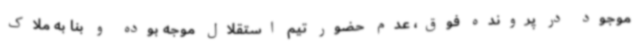
موجود در پرونده فوق، عدم حضور تیم استقلال موجه بوده و بنا به ملاک